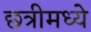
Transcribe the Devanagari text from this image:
छत्रीमध्ये